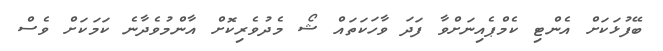
ބޭފުޅަކަށް އެންޓި ކެމްޕެއިނަށްވާ ފަދަ ވާހަކަތައް ޝޯ މެދުވެރިކޮށް އާންމުވެދާނެ ކަމަކަށް ވެސް